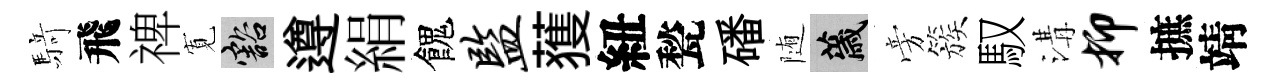
𮪍飛禆𡩖豁遵絹餽监𫉬紐甃磻随薉旁簇馭溝抑摭靖